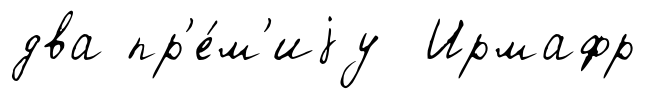
два пр'е́м'иjу Ирмафр